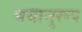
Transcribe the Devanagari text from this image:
वयानुरूप